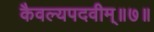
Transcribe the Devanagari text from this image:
कैवल्यपदवीम्॥७॥